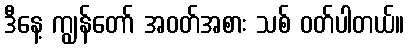
ဒီနေ့ ကျွန်တော် အဝတ်အစား သစ် ဝတ်ပါတယ်။